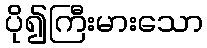
ပို၍ကြီးမားသော